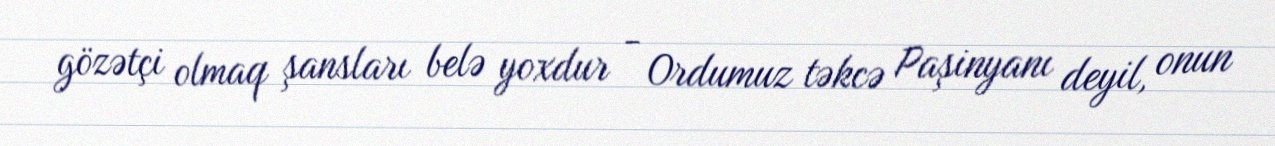
gözətçi olmaq şansları belə yoxdur - Ordumuz təkcə Paşinyanı deyil, onun